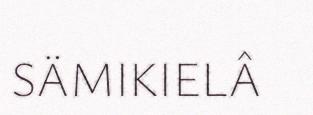
SÄMIKIELÂ